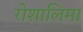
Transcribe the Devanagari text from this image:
रोशालिमा